Annual report on the Civil Veterinary Department, Burma (including the Insein Veterinary School) - 1932-1941
Year: 1932
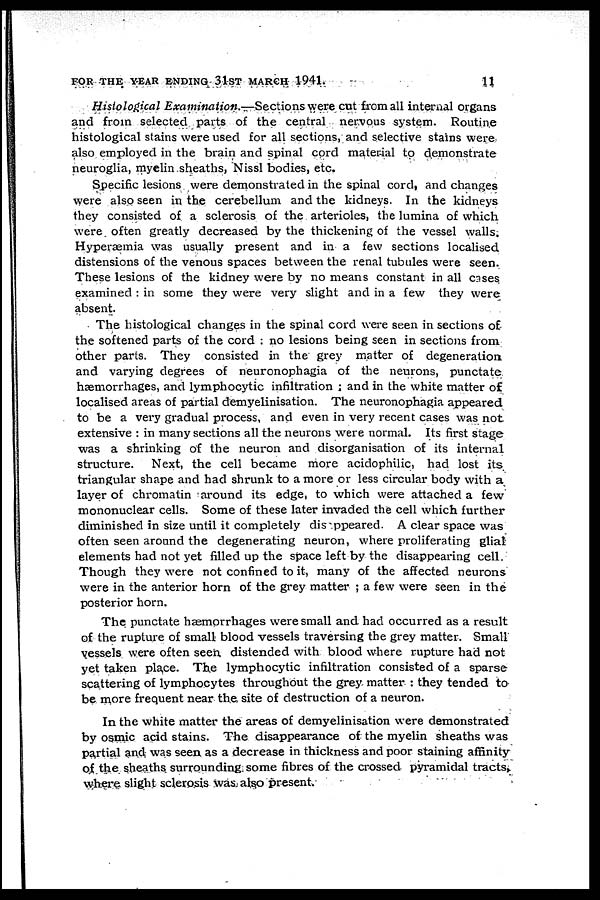
FOR THE YEAR ENDING 31ST MARCH 1941.
11
Histological Examination.—Sections were cut from all internal organs
and from selected parts of the central nervous system. Routine
histological stains were used for all sections, and selective stains were
also employed in the brain and spinal cord material to demonstrate
neuroglia, myelin sheaths, Nissl bodies, etc.
Specific lesions were demonstrated in the spinal cord, and changes
were also seen in the cerebellum and the kidneys. In the kidneys
they consisted of a sclerosis of the arterioles, the lumina of which
were often greatly decreased by the thickening of the vessel walls.
Hyperæmia was usually present and in a few sections localised
distensions of the venous spaces between the renal tubules were seen.
These lesions of the kidney were by no means constant in all cases
examined : in some they were very slight and in a few they were
absent.
The histological changes in the spinal cord were seen in sections of
the softened parts of the cord : no lesions being seen in sections from
other parts. They consisted in the grey matter of degeneration
and varying degrees of neuronophagia of the neurons, punctate
hæmorrhages, and lymphocytic infiltration ; and in the white matter of
localised areas of partial demyelinisation. The neuronophagia appeared
to be a very gradual process, and even in very recent cases was not
extensive : in many sections all the neurons were normal. Its first stage
was a shrinking of the neuron and disorganisation of its internal
structure. Next, the cell became more acidophilic, had lost its
triangular shape and had shrunk to a more or less circular body with a
layer of chromatin around its edge, to which were attached a few
mononuclear cells. Some of these later invaded the cell which further
diminished in size until it completely dis ppeared. A clear space was
often seen around the degenerating neuron, where proliferating glial
elements had not yet filled up the space left by the disappearing cell.
Though they were not confined to it, many of the affected neurons
were in the anterior horn of the grey matter ; a few were seen in the
posterior horn.
The punctate haemorrhages were small and had occurred as a result
of the rupture of small blood vessels traversing the grey matter. Small
vessels were often seen distended with blood where rupture had not
yet taken place. The lymphocytic infiltration consisted of a sparse
scattering of lymphocytes throughout the grey matter : they tended to
be more frequent near the site of destruction of a neuron.
In the white matter the areas of demyelinisation were demonstrated
by osmic acid stains. The disappearance of the myelin sheaths was
partial and was seen as a decrease in thickness and poor staining affinity
of the sheaths surrounding some fibres of the crossed pyramidal tracts,
where slight sclerosis was also present.